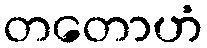
တတောဟံ